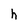
Character: h